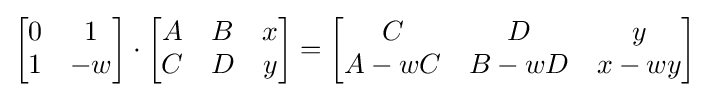
\textstyle {\begin{bmatrix}0&1\\1&-w\end{bmatrix}}\cdot {\begin{bmatrix}A&B&x\\C&D&y\end{bmatrix}}={\begin{bmatrix}C&D&y\\A-wC&B-wD&x-wy\end{bmatrix}}